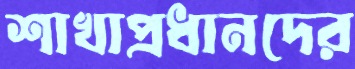
শাখাপ্রধানদের